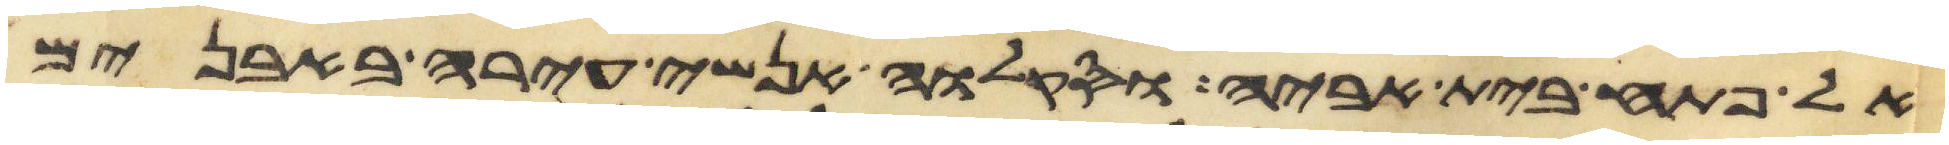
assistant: אל פתח בית אביה וסקלוה אנשי עירה באבנים